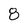
Character: 8